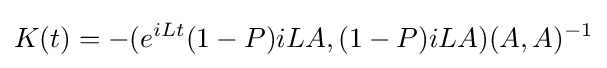
K(t)=-(e^{iLt}(1-P)iLA,(1-P)iLA)(A,A)^{-1}